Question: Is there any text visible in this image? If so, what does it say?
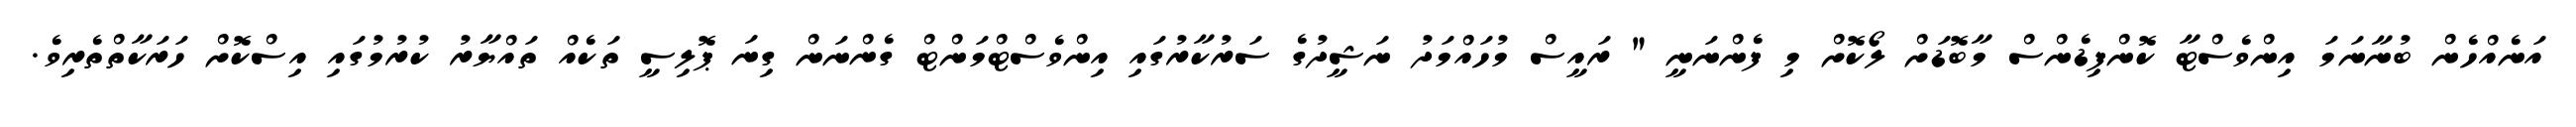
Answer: އަނެއްހެން ބުނާނަމަ އިންވެސްޓާ ކޮންފިޑެންސް މާބޮޑަށް ލޯކޮށް މި ފެންނަނީ " ރައީސް މުހައްމަދު ނަޝީދުގެ ސަރުކާރުގައި އިންވެސްޓްމަންޓް ގެންނަން ގިނަ ޕޮލިސީ ތަކެއް ތައްޔާރު ކުރުމުގައި އިސްކޮށް ހަރަކާތްތެރިވެ.